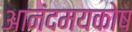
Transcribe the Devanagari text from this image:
आनंदमयकोष